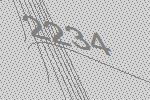
2234